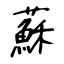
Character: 蘇